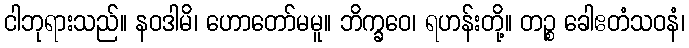
ငါဘုရားသည်။ နဝဒါမိ၊ ဟောတော်မမူ။ ဘိက္ခဝေ၊ ရဟန်းတို့။ တဉ္စ ခေါဧတံသဝနံ၊